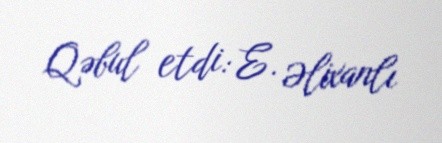
Qəbul etdi: E. Əlixanlı